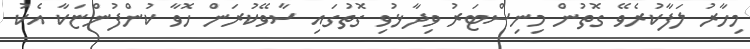
މިހާރު ލަފާކުރެވޭ ގޮތުން މިނިސްޓަރު ވިދާޅުވި ގޮތުގައި ސާވޭކުރަން ހޮވާ ކުންފުންޏަކާ އެކު